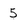
Character: 5